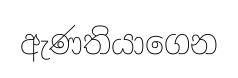
ඇණතියාගෙන